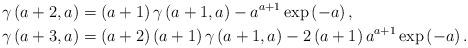
LaTeX: \begin{align*}\gamma\left( a+2,a\right) & =\left( a+1\right) \gamma\left(a+1,a\right) -a^{a+1}\exp\left( -a\right) ,\\\gamma\left( a+3,a\right) & =\left( a+2\right) \left( a+1\right)\gamma\left( a+1,a\right) -2\left( a+1\right) a^{a+1}\exp\left(-a\right) .\end{align*}